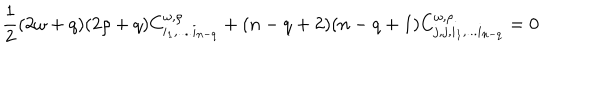
\frac 1 2 ( 2 \omega + q ) ( 2 \rho + q ) C _ { i _ { 1 } , . . . . i _ { n - q } } ^ { \omega , \rho } + ( n - q + 2 ) ( n - q + 1 ) C _ { j , j , i _ { 1 } , . . . i _ { n - q } } ^ { \omega , \rho } = 0 ~ ~ ~